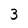
Character: 3